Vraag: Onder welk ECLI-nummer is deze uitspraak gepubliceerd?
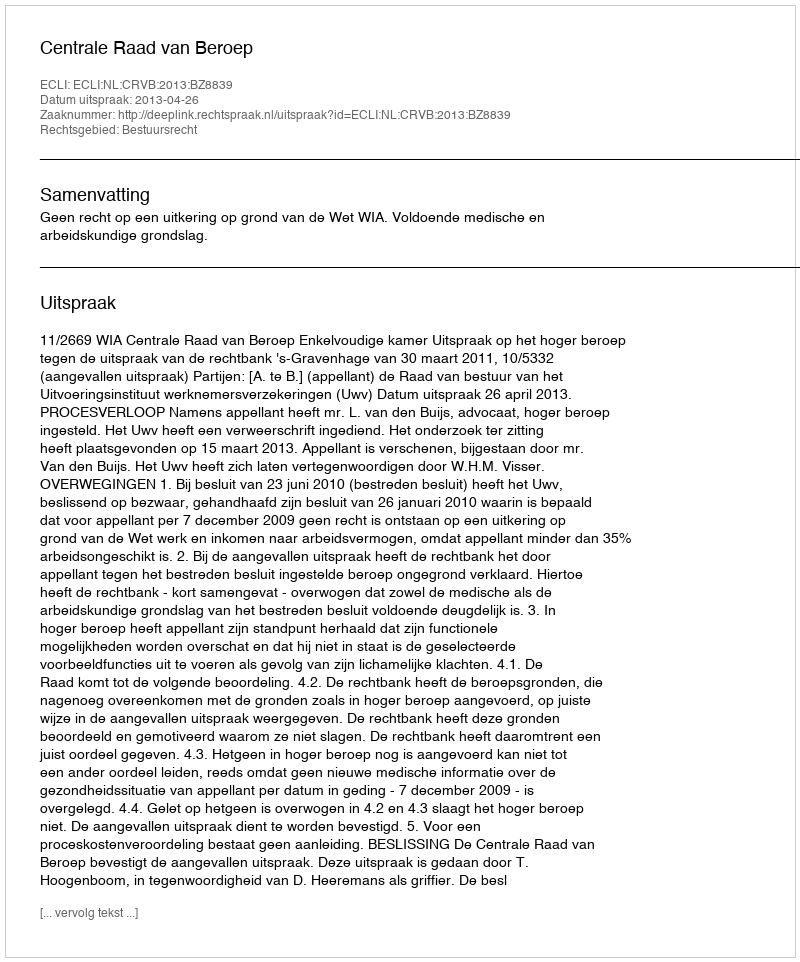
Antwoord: ECLI:NL:CRVB:2013:BZ8839